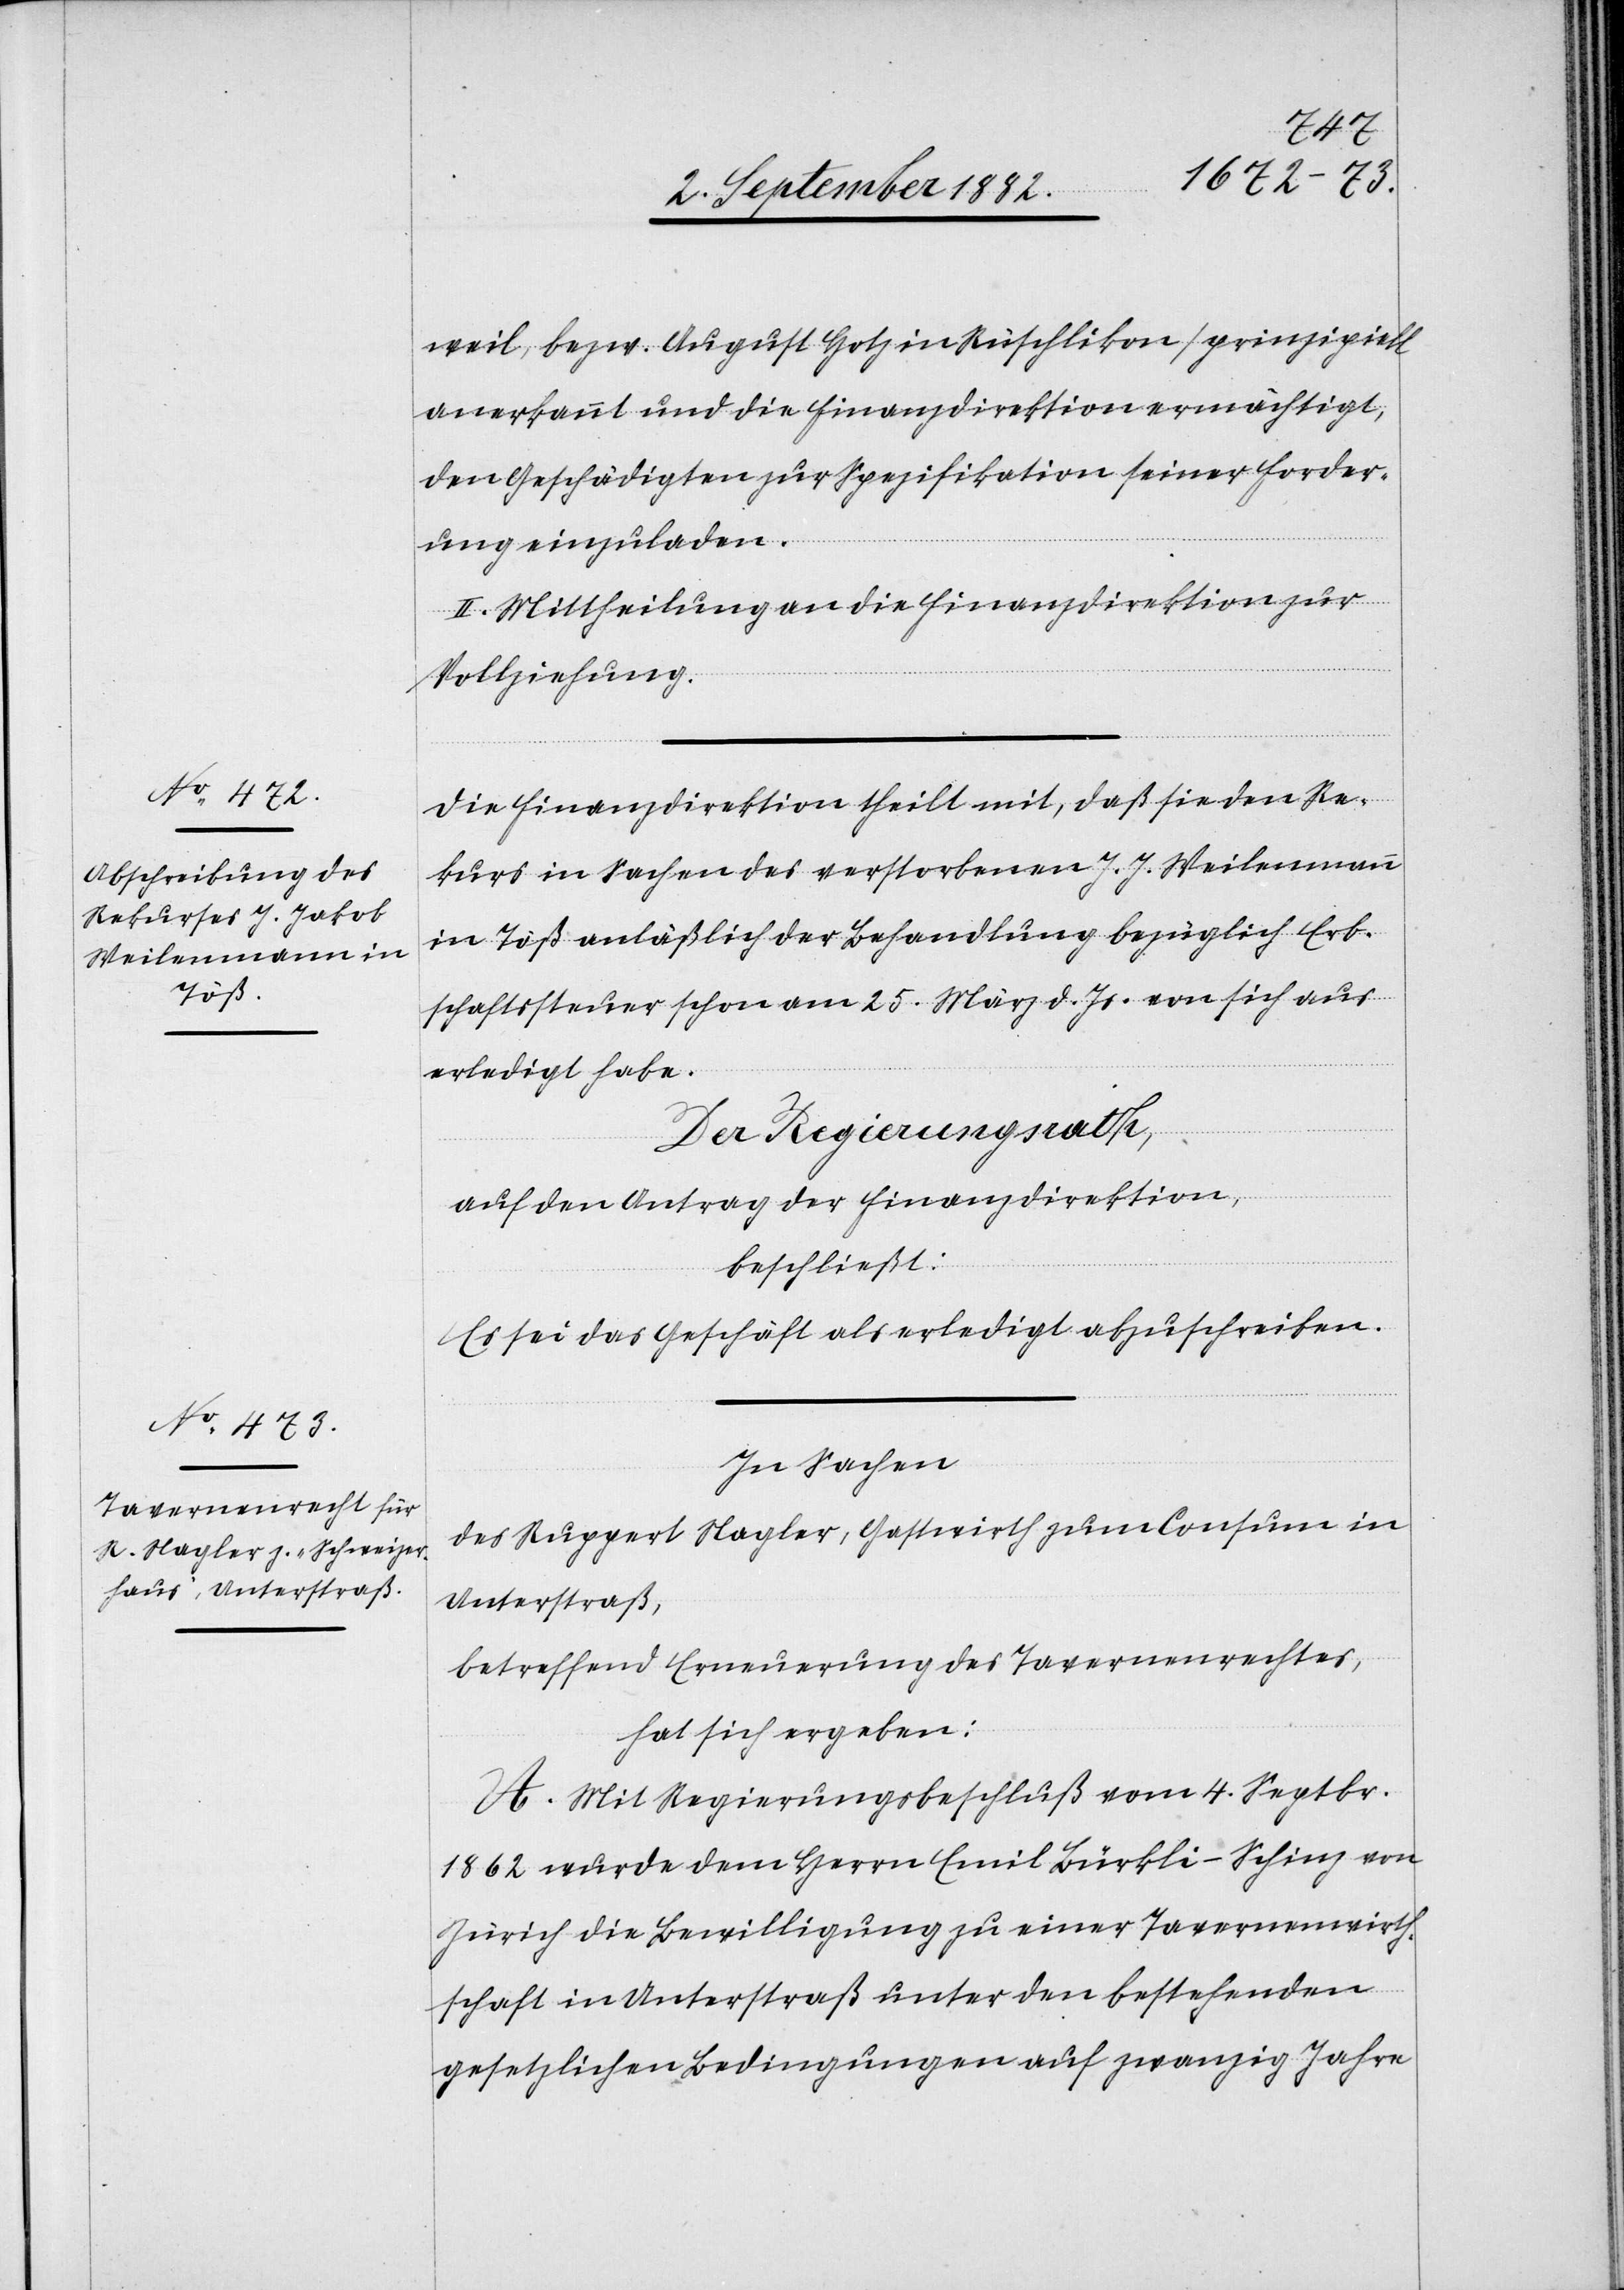
weil, bezw. August Hotz in Rüschlikon) prinzipiell
anerkannt und die Finanzdirektion ermächtigt,
den Geschädigten zur Spezifikation seiner Forder¬
ung einzuladen.
II. Mittheilung an die Finanzdirektion zur
Vollziehung.
Die Finanzdirektion theilt mit, daß sie den Re¬
kurs in Sachen des verstorbenen J. J. Weilenmann
in Töß anläßlich der Behandlung bezüglich Erb¬
schaftssteuer schon am 25. März d. Js. von sich aus
erledigt habe.
Der Regierungsrath,
auf den Antrag der Finanzdirektion,
beschließt:
Es sei das Geschäft als erledigt abzuschreiben.
In Sachen
des Ruppert Nagler, Gastwirth zum Consum in
Unterstraß,
betreffend Erneuerung des Tavernenrechtes,
hat sich ergeben:
A. Mit Regierungsbeschluß vom 4. Septbr.
1862 wurde dem Herrn Emil Bürkli-Schinz von
Zürich die Bewilligung zu einer Tavernenwirth¬
schaft in Unterstraß unter den bestehenden
gesetzlichen Bedingungen auf zwanzig Jahre